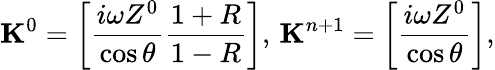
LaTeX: \mathbf{K}^{0}=\left[\frac{i\omega Z^{0}}{\cos\theta}\frac{1+R}{1-R}\right],\, \mathbf{K}^{n+1}=\left[\frac{i\omega Z^{0}}{\cos\theta}\right],